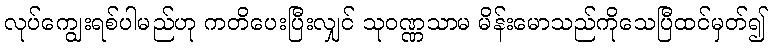
လုပ်ကျွေးရစ်ပါမည်ဟု ကတိပေးပြီးလျှင် သုဝဏ္ဏသာမ မိန်းမောသည်ကိုသေပြီထင်မှတ်၍